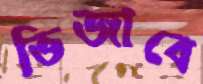
ভিজাবে